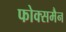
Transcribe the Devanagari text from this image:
फोक्समैन